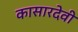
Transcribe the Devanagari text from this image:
कासारदेवी